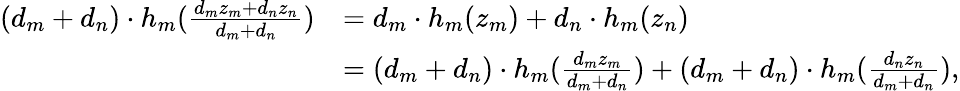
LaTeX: \begin{array}{rl}{(d_{m}+d_{n})\cdot h_{m}(\frac{d_{m}z_{m}+d_{n}z_{n}}{d_{m}+d_{n}})}&{=d_{m}\cdot h_{m}(z_{m})+d_{n}\cdot h_{m}(z_{n})}\\ &{=(d_{m}+d_{n})\cdot h_{m}(\frac{d_{m}z_{m}}{d_{m}+d_{n}})+(d_{m}+d_{n})\cdot h_{m}(\frac{d_{n}z_{n}}{d_{m}+d_{n}}),}\end{array}